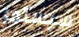
سيستمر